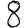
Digit: 8